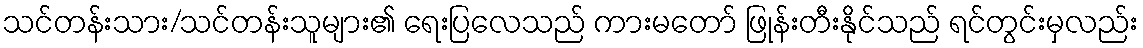
သင်တန်းသား/သင်တန်းသူများ၏ ရေးပြလေသည် ကားမတော် ဖြုန်းတီးနိုင်သည် ရင်တွင်းမှလည်း